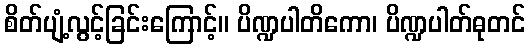
စိတ်ပျံ့လွင့်ခြင်းကြောင့်။ ပိဏ္ဍပါတိကော၊ ပိဏ္ဍပါတ်ဓုတင်